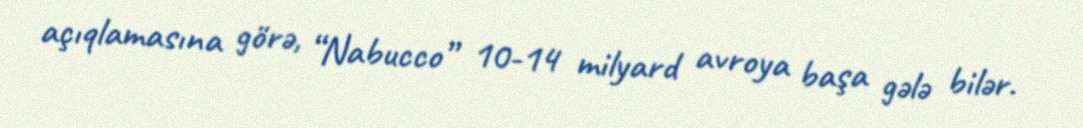
açıqlamasına görə, “Nabucco” 10-14 milyard avroya başa gələ bilər.